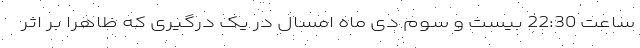
ساعت 22:30 بیست و سوم دی ماه امسال در یک درگیری که ظاهراً بر اثر